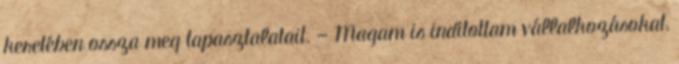
keretében ossza meg tapasztalatait. — Magam is indítottam vállalkozásokat,